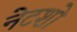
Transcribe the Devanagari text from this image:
नेटशो